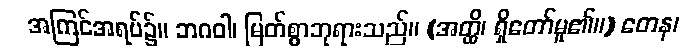
အကြင်အရပ်၌။ ဘဂဝါ၊ မြတ်စွာဘုရားသည်။ (အတ္ထိ၊ ရှိတော်မူ၏။) တေန၊